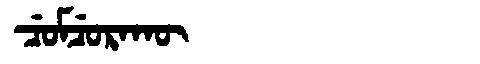
Manchu: ᠴᡠᠮᠴᡠᡵᠠᡴᡡ
Romanization: CUMCURAKŪ